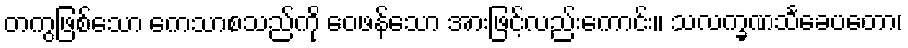
တကွဖြစ်သော ကေသာစသည်ကို ဝေဖန်သော အားဖြင့်လည်းကောင်း။ သလက္ခဏသင်္ခေပတော၊